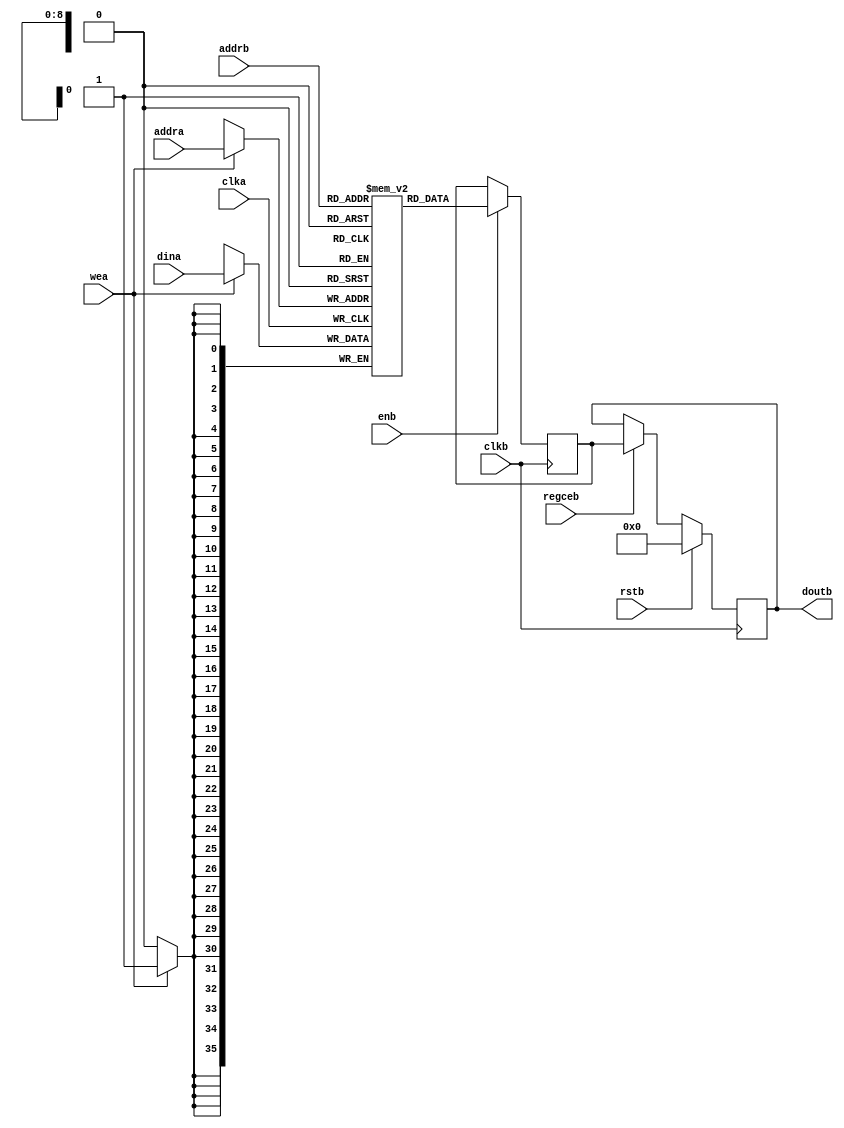
//  Xilinx Simple Dual Port 2 Clock RAM
//  This code implements a parameterizable SDP dual clock memory.
//  If a reset or enable is not necessary, it may be tied off or removed from the code.

module async_simple_dual_ram #(
  parameter RAM_WIDTH = 36,                       // Specify RAM data width
  parameter RAM_DEPTH = 512,                      // Specify RAM depth (number of entries)
  parameter RAM_PERFORMANCE = "HIGH_PERFORMANCE", // Select "HIGH_PERFORMANCE" or "LOW_LATENCY" 
  parameter INIT_FILE = ""                        // Specify name/location of RAM initialization file if using one (leave blank if not)
) (
  input [clogb2(RAM_DEPTH-1)-1:0] addra, // Write address bus, width determined from RAM_DEPTH
  input [clogb2(RAM_DEPTH-1)-1:0] addrb, // Read address bus, width determined from RAM_DEPTH
  input [RAM_WIDTH-1:0] dina,          // RAM input data
  input clka,                          // Write clock
  input clkb,                          // Read clock
  input wea,                           // Write enable
  input enb,                           // Read Enable, for additional power savings, disable when not in use
  input rstb,                          // Output reset (does not affect memory contents)
  input regceb,                        // Output register enable
  output [RAM_WIDTH-1:0] doutb         // RAM output data
);

  reg [RAM_WIDTH-1:0] BRAM [RAM_DEPTH-1:0];
  reg [RAM_WIDTH-1:0] ram_data = {RAM_WIDTH{1'b0}};

  // The following code either initializes the memory values to a specified file or to all zeros to match hardware
  generate
    if (INIT_FILE != "") begin: use_init_file
      initial
        $readmemh(INIT_FILE, BRAM, 0, RAM_DEPTH-1);
    end else begin: init_bram_to_zero
      integer ram_index;
      initial
        for (ram_index = 0; ram_index < RAM_DEPTH; ram_index = ram_index + 1)
          BRAM[ram_index] = {RAM_WIDTH{1'b0}};
    end
  endgenerate

  always @(posedge clka)
    if (wea)
      BRAM[addra] <= dina;

  always @(posedge clkb)
    if (enb)
      ram_data <= BRAM[addrb];

  //  The following code generates HIGH_PERFORMANCE (use output register) or LOW_LATENCY (no output register)
  generate
    if (RAM_PERFORMANCE == "LOW_LATENCY") begin: no_output_register

      // The following is a 1 clock cycle read latency at the cost of a longer clock-to-out timing
       assign doutb = ram_data;

    end else begin: output_register

      // The following is a 2 clock cycle read latency with improve clock-to-out timing

      reg [RAM_WIDTH-1:0] doutb_reg = {RAM_WIDTH{1'b0}};

      always @(posedge clkb)
        if (rstb)
          doutb_reg <= {RAM_WIDTH{1'b0}};
        else if (regceb)
          doutb_reg <= ram_data;

      assign doutb = doutb_reg;

    end
  endgenerate

  //  The following function calculates the address width based on specified RAM depth
  function integer clogb2;
    input integer depth;
      for (clogb2=0; depth>0; clogb2=clogb2+1)
        depth = depth >> 1;
  endfunction

endmodule